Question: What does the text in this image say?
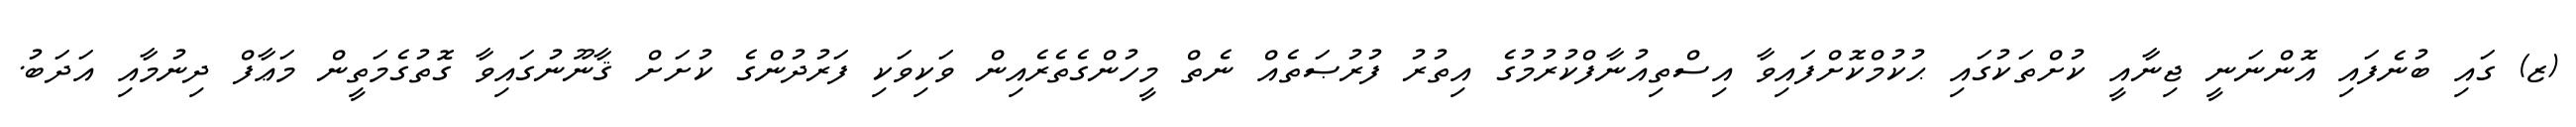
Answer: (ޒ) ގައި ބުނެފައި އޮންނަނީ ޖިނާއީ ކުށްތަކުގައި ޙުކުމްކޮށްފައިވާ އިސްތިއުނާފްކުރުމުގެ އިތުރު ފުރުޞަތެއް ނެތް މީހުންގެތެރެއިން ވަކިވަކި ފަރުދުންގެ ކުށަށް ޤާނޫނުގައިވާ ގޮތުގެމަތީން މަޢާފް ދިނުމާއި އަދަބު.